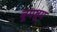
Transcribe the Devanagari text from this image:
बूमबूम